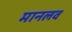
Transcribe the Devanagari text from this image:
मानलव